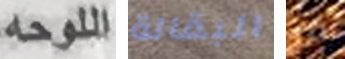
اللوحه البقالة أسر